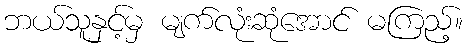
ဘယ်သူနှင့်မှ မျက်လုံးဆုံအောင် မကြည့်။